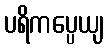
ပရိကပ္ပေယျ